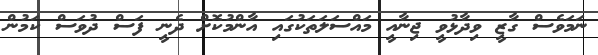
ނަމަވެސް ގާޒީ ވިދާޅުވީ ޖިނާއީ މައްސަލަތަކުގައި އާންމުކޮށް ދެނީ ފަސް ދުވަސް ކަމުން